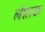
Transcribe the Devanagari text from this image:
लेन्नाक